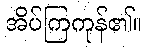
အိပ်ကြကုန်၏။